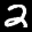
Label: 2